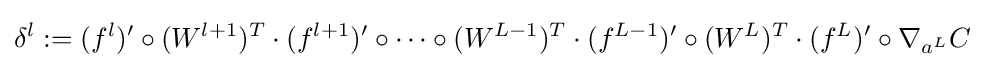
\delta ^{l}:=(f^{l})'\circ (W^{l+1})^{T}\cdot (f^{l+1})'\circ \cdots \circ (W^{L-1})^{T}\cdot (f^{L-1})'\circ (W^{L})^{T}\cdot (f^{L})'\circ \nabla _{a^{L}}C